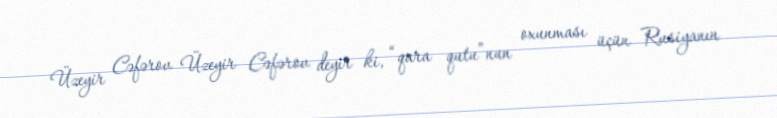
Üzeyir Cəfərov Üzeyir Cəfərov deyir ki, “qara qutu”nun oxunması üçün Rusiyanın